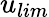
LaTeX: u_{lim}